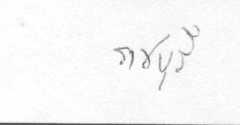
ราชบุรี